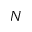
N